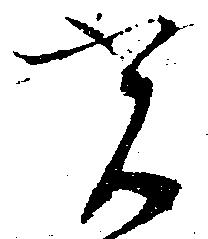
光